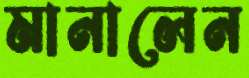
মানালেন